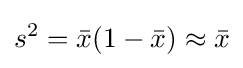
s^{2}={\bar {x}}(1-{\bar {x}})\approx {\bar {x}}